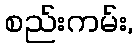
စည်းကမ်း,